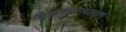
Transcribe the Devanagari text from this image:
क्रियाकारित्वलक्षणं